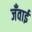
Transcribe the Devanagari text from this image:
जँवाई